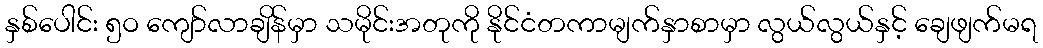
နှစ်ပေါင်း ၅ဝ ကျော်လာချိန်မှာ သမိုင်းအတုကို နိုင်ငံတကာမျက်နှာစာမှာ လွယ်လွယ်နှင့် ချေဖျက်မရ